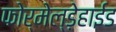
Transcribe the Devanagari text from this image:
फोर्मेल्ड़ेहाईड